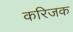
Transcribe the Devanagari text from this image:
करिजक